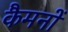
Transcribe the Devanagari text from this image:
कैमनों